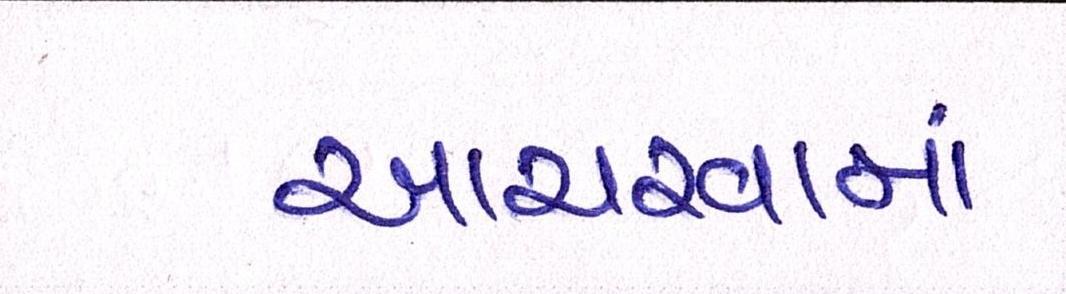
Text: આચરવામાં